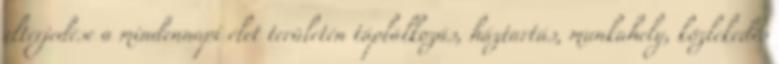
elterjedése a mindennapi élet területén táplálkozás, háztartás, munkahely, közlekedés